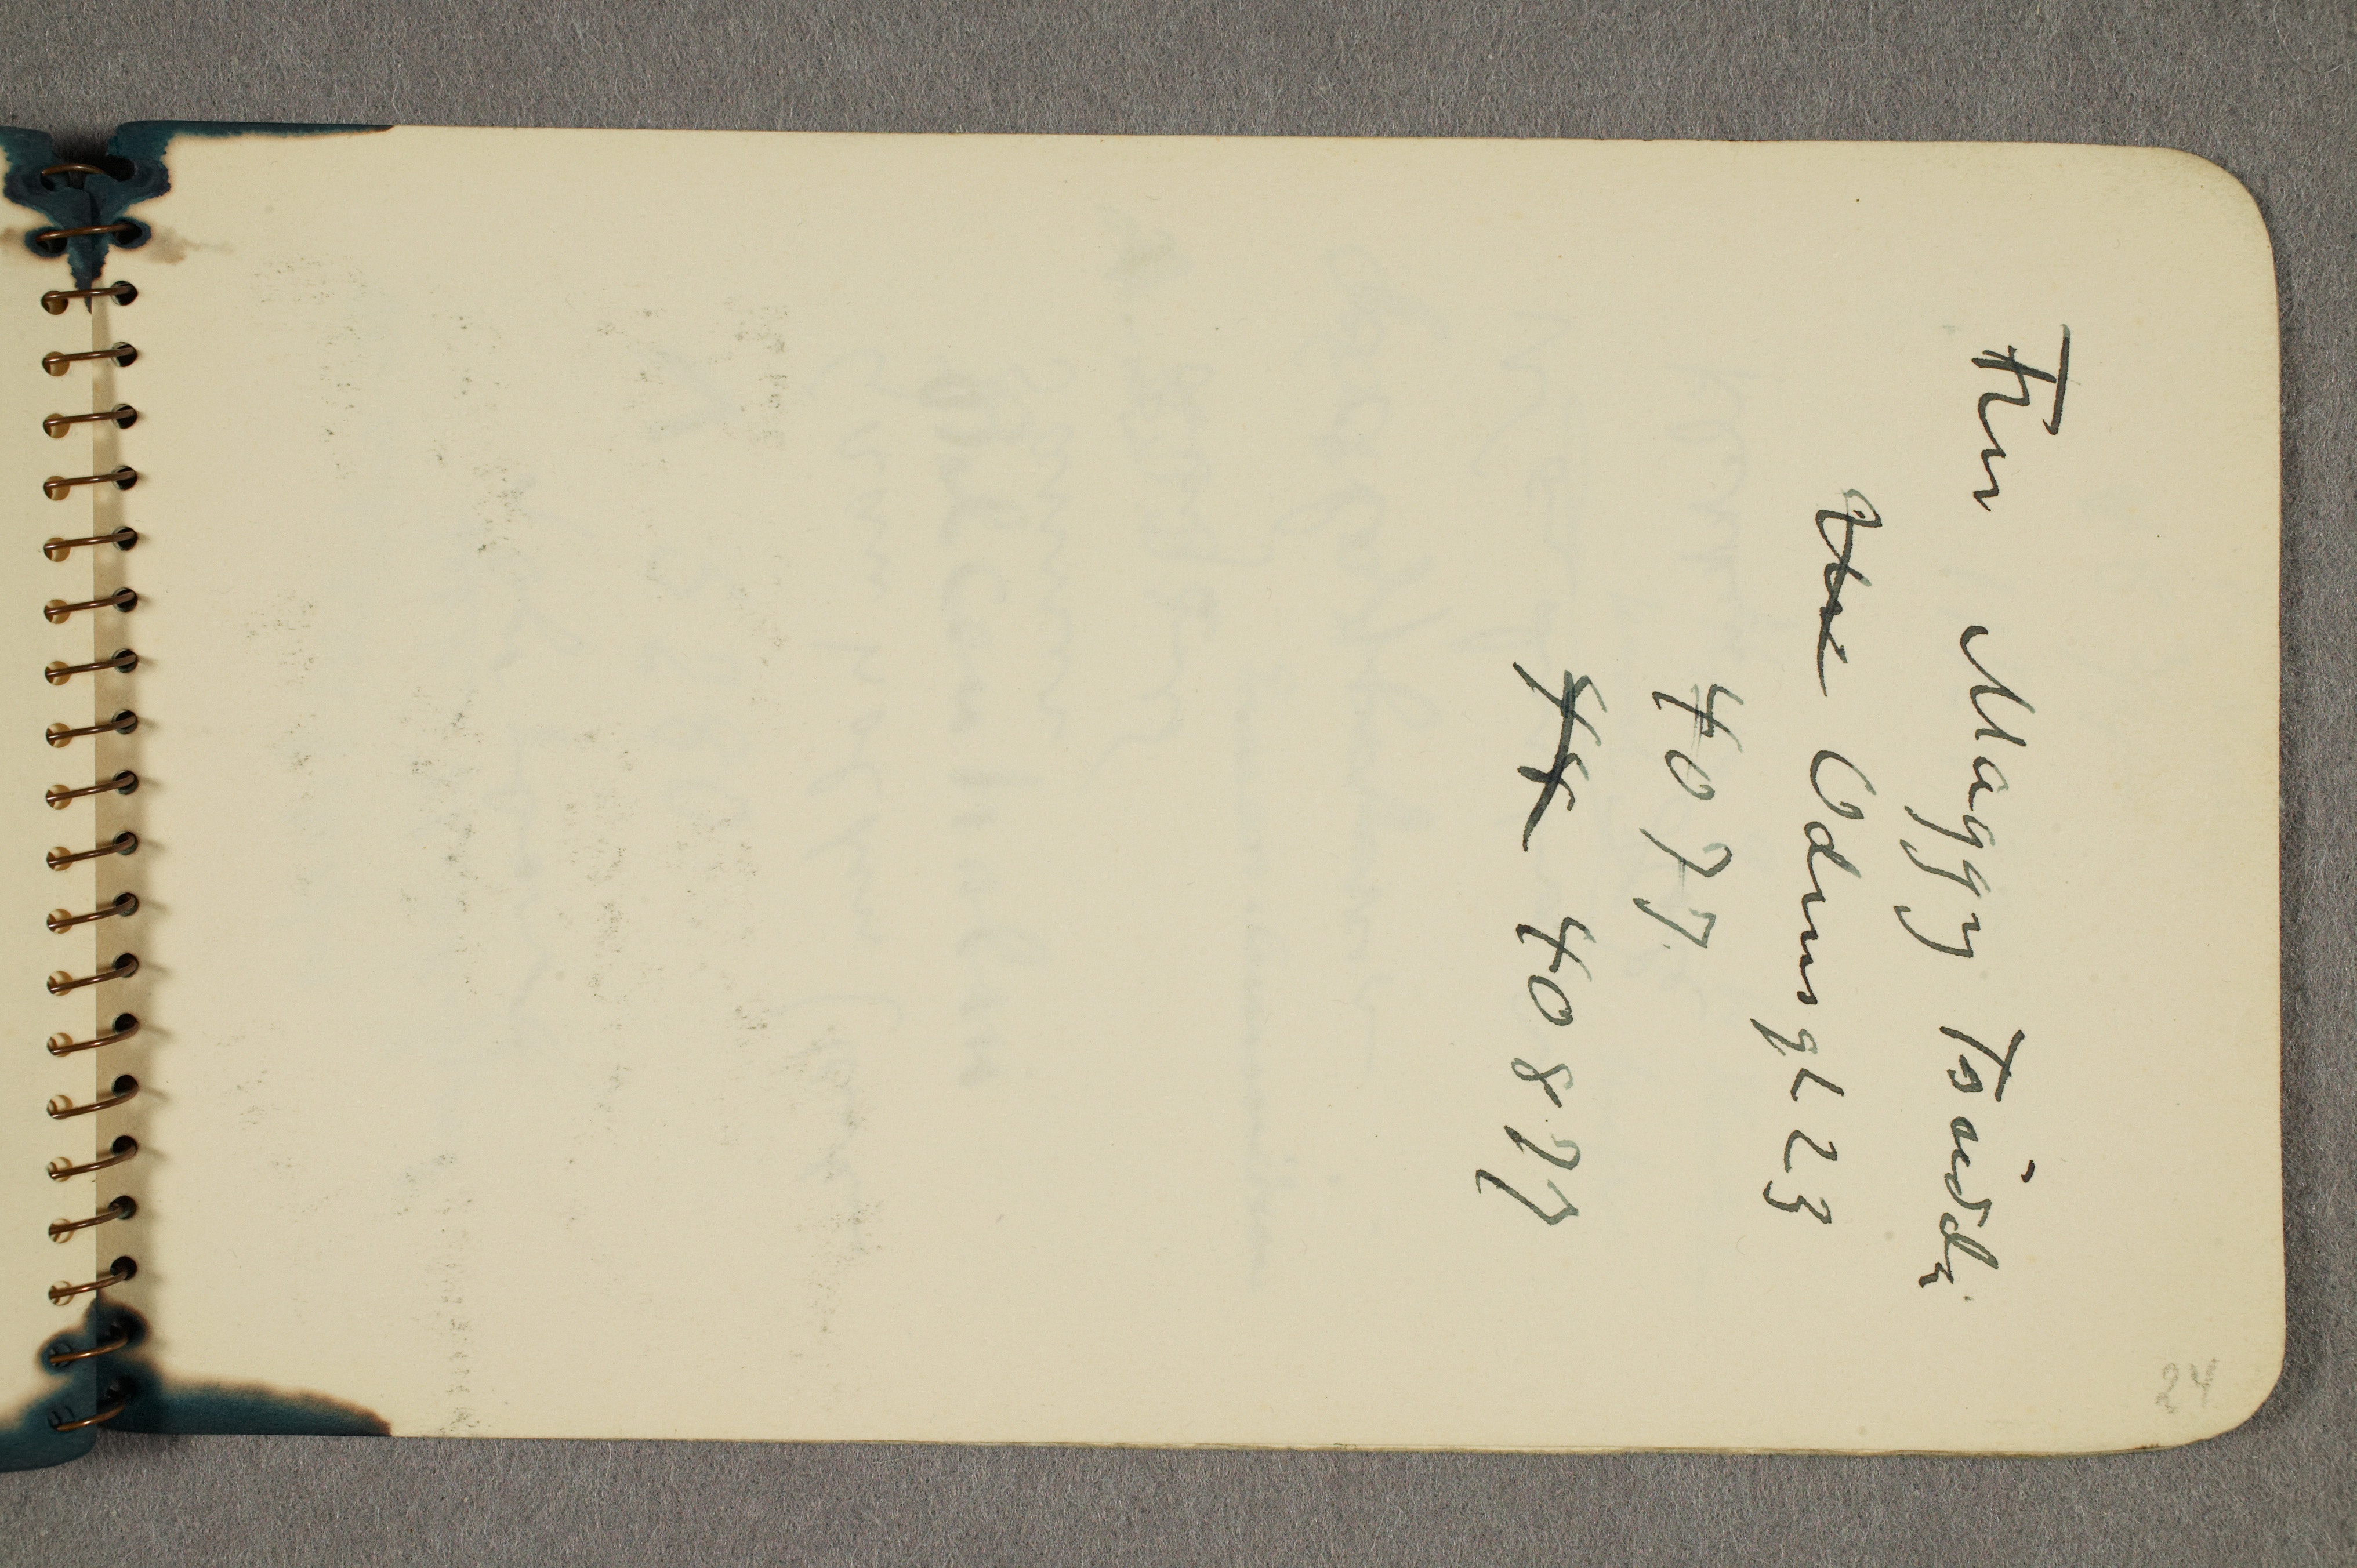
Fru Maggy Tscuddi
Ur Odinsgt 23
4077
48 40877